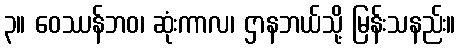
၃။ ဝေဿန်ဘဝ၊ ဆုံးကာလ၊ ဌာနဘယ်သို့ မြန်းသနည်း။